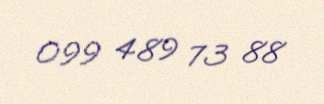
099 489 73 88